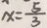
x = \frac { 5 } { 3 }